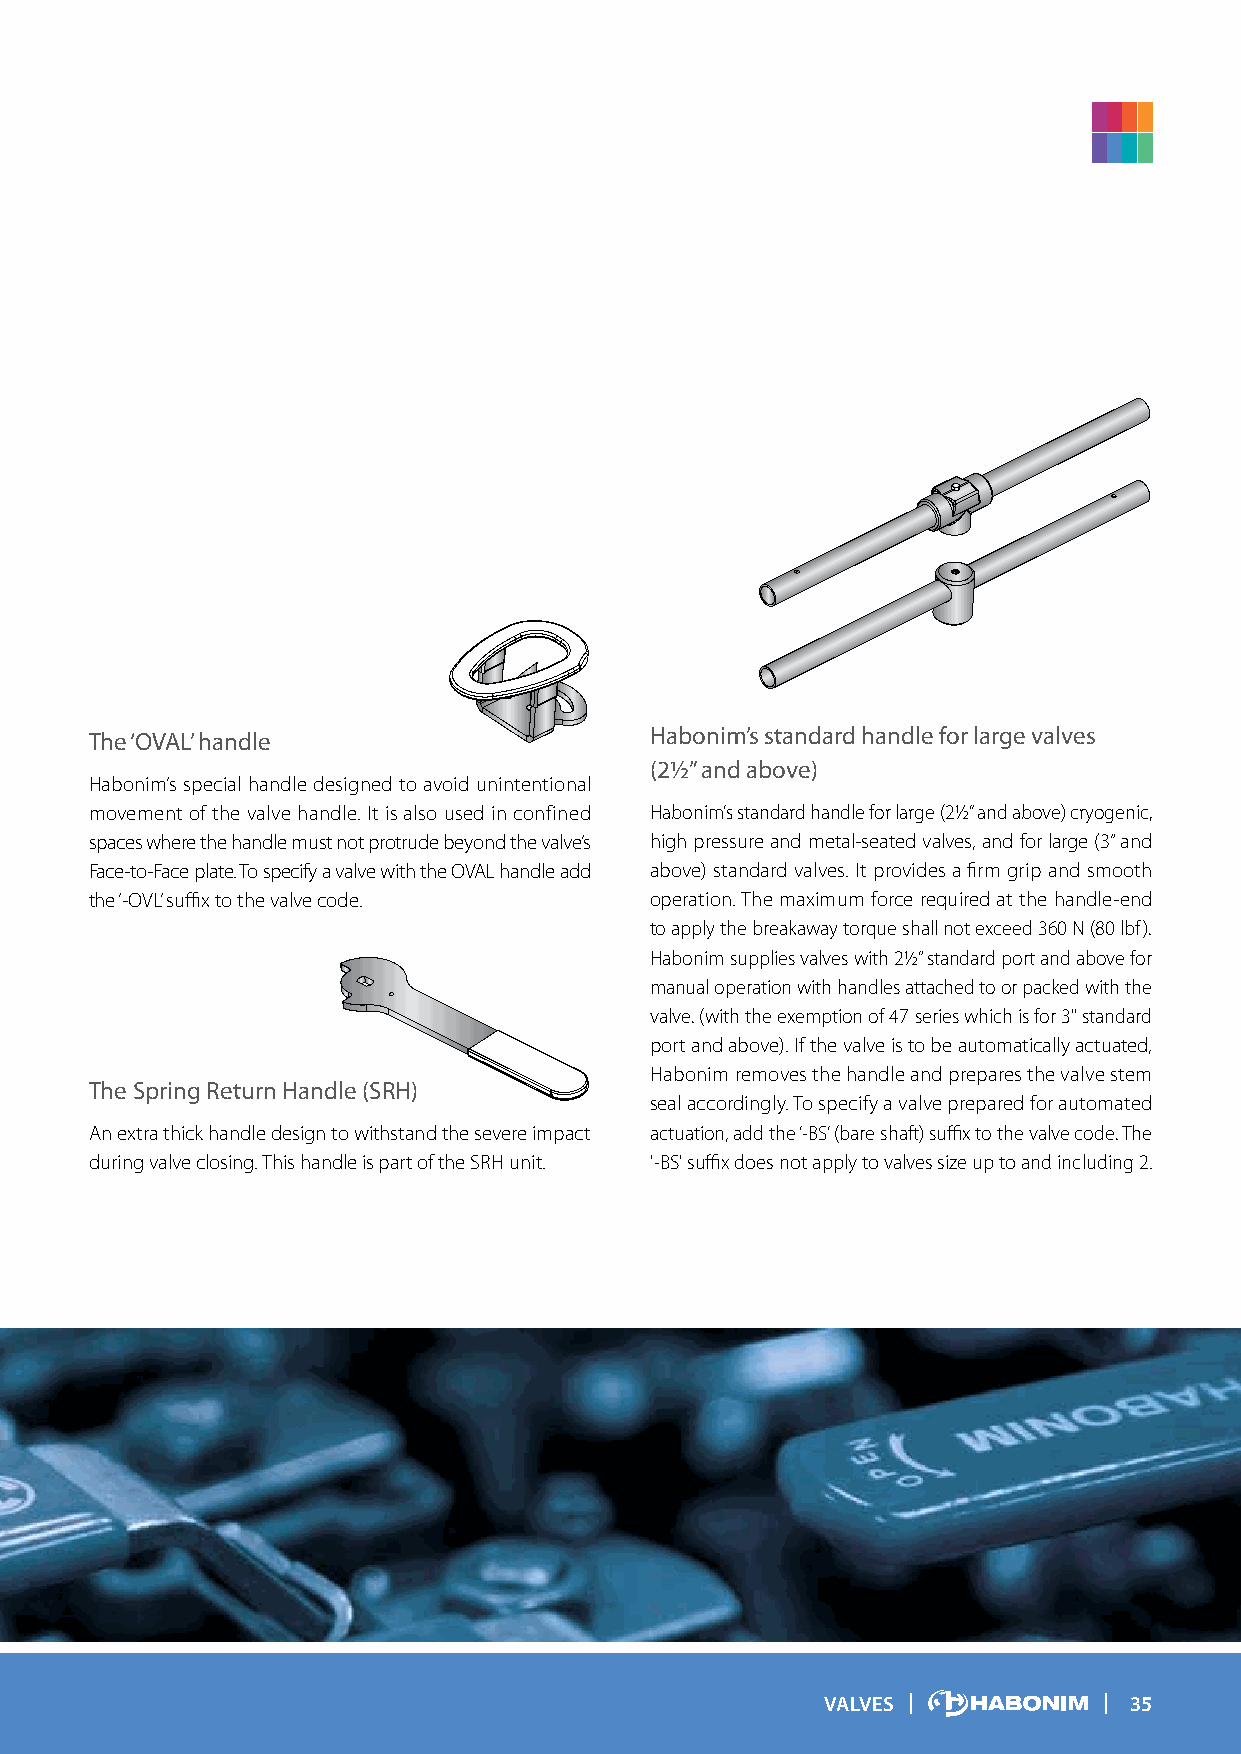
The ‘OVAL’ handle                    Habonim’s standard handle for large valves
 (2½” and above)
 Habonim’s special handle designed to avoid unintentional
 movement of the valve handle. It is also used in confined Habonim’s standard handle for large (2½” and above) cryogenic,
 spaces where the handle must not protrude beyond the valve’s high pressure and metal-seated valves, and for large (3” and
 Face-to-Face plate. To specify a valve with the OVAL handle add above) standard valves. It provides a firm grip and smooth
 the ‘-OVL’ suffix to the valve code. operation. The maximum force required at the handle-end
 to apply the breakaway torque shall not exceed 360 N (80 lbf).
 Habonim supplies valves with 2½” standard port and above for
 manual operation with handles attached to or packed with the
 valve. (with the exemption of 47 series which is for 3" standard
 port and above). If the valve is to be automatically actuated,
 Habonim removes the handle and prepares the valve stem
 The Spring Return Handle (SRH)
 seal accordingly. To specify a valve prepared for automated
 An extra thick handle design to withstand the severe impact actuation, add the ‘-BS’ (bare shaft) suffix to the valve code. The
 during valve closing. This handle is part of the SRH unit. '-BS' suffix does not apply to valves size up to and including 2.
 VALVES              35